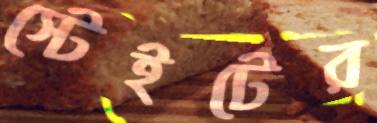
স্টেইটের